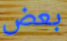
بعض